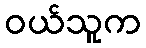
ဝယ်သူက